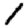
Digit: 1